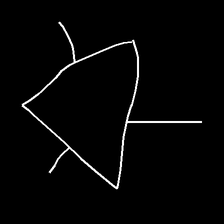
Glyph: fire